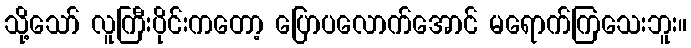
သို့သော် လူကြီးပိုင်းကတော့ ပြောပလောက်အောင် မရောက်ကြသေးဘူး။